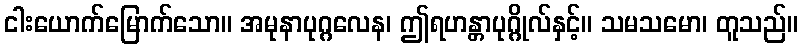
ငါးယောက်မြောက်သော။ အမုနာပုဂ္ဂလေန၊ ဤရဟန္တာပုဂ္ဂိုလ်နှင့်။ သမသမော၊ တူသည်။